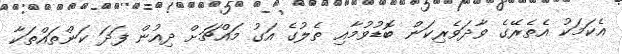
އެކަމަކު އެތެރޭގެ ވާދަވެރިކަން ބޮޑުވުމާއި ތެލުގެ އަގު މައްޗަށް ދިއުން ފަދަ ކަންތައްތަކާ